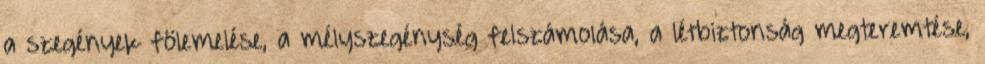
a szegények fölemelése, a mélyszegénység felszámolása, a létbiztonság megteremtése,